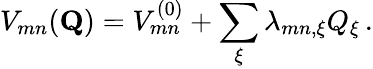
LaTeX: V_{mn}(\mathbf{Q})=V_{mn}^{(0)}+\sum_{\xi}\lambda_{mn,\xi}Q_{\xi}\, .